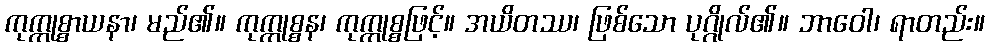
ကုက္ကုစ္စာယနာ၊ မည်၏။ ကုက္ကုစ္စန၊ ကုက္ကုစ္စဖြင့်။ အယိတဿ၊ ဖြစ်သော ပုဂ္ဂိုလ်၏။ ဘာဝေါ၊ ရာတည်း။